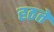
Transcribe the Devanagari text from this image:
हठते